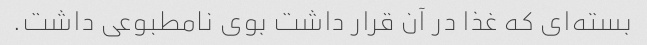
بسته‌ای که غذا در آن قرار داشت بوی نامطبوعی داشت.